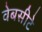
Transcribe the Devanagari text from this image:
वेबसीटे